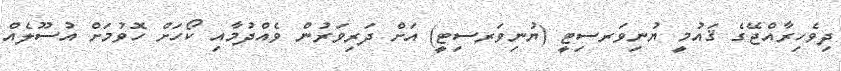
ދިވެހިރާއްޖޭގެ ޤައުމީ ޔުނިވަރސިޓީ (ޔުނިވަރސިޓީ) އަށް ދަރިވަރުން ވެއްދުމާއި ކޯހަށް ހޮވުމަށް އުސޫލެއް